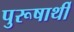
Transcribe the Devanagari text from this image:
पुरूषार्थी